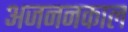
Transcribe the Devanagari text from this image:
अजननकाल